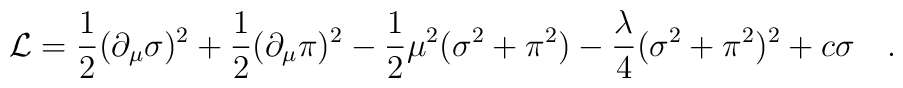
{\cal L}= \frac{1}{2}(\partial_{\mu}\sigma)^2+\frac{1}{2}(\partial_{\mu}\pi)^2\nonumber \\-\frac{1}{2}\mu^2 (\sigma^2+\pi^2)-\frac{\lambda}{4}(\sigma^2+\pi^2)^2+c\sigma \quad.